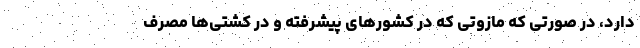
دارد، در صورتی که مازوتی که در کشورهای پیشرفته و در کشتی‌ها مصرف